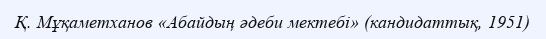
Қ. Мұқаметханов «Абайдың әдеби мектебі» (кандидаттық, 1951)